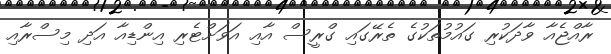
ރާއްޖެއާ ވާދަކުރި ގައުމުތަކުގެ ތެރޭގައި ގްރީސް އާއި އަވަށްޓެރި އިންޑިއާ އަދި މިސްރާއި